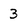
Character: 3